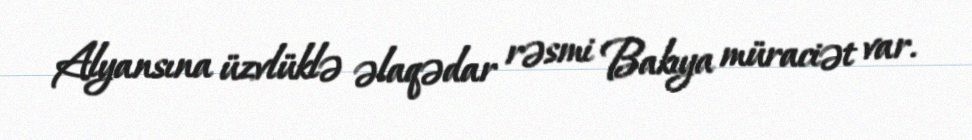
Alyansına üzvlüklə əlaqədar rəsmi Bakıya müraciət var.